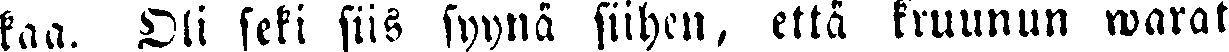
kaa. Oli seki siis syynä siihen, että kruunun warat